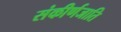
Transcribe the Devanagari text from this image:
संकीर्णजाति